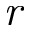
\emph { r }